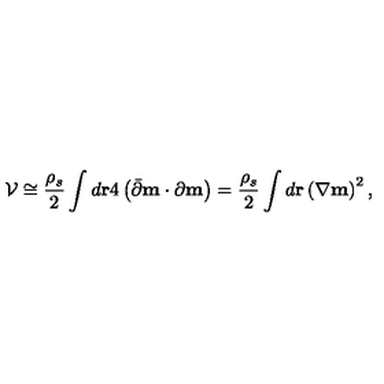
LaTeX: { \cal V } \cong { \frac { \rho _ { s } } { 2 } } \int d { \bf r } 4 \left( \bar { \partial } { \bf m } \cdot { \partial } { \bf m } \right) = { \frac { \rho _ { s } } { 2 } } \int d { \bf r } \left( \nabla { \bf m } \right) ^ { 2 } ,